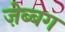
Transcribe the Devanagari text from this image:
ज़ेब्बग